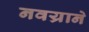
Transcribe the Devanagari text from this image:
नवय्राने